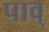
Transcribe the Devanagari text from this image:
पाव्